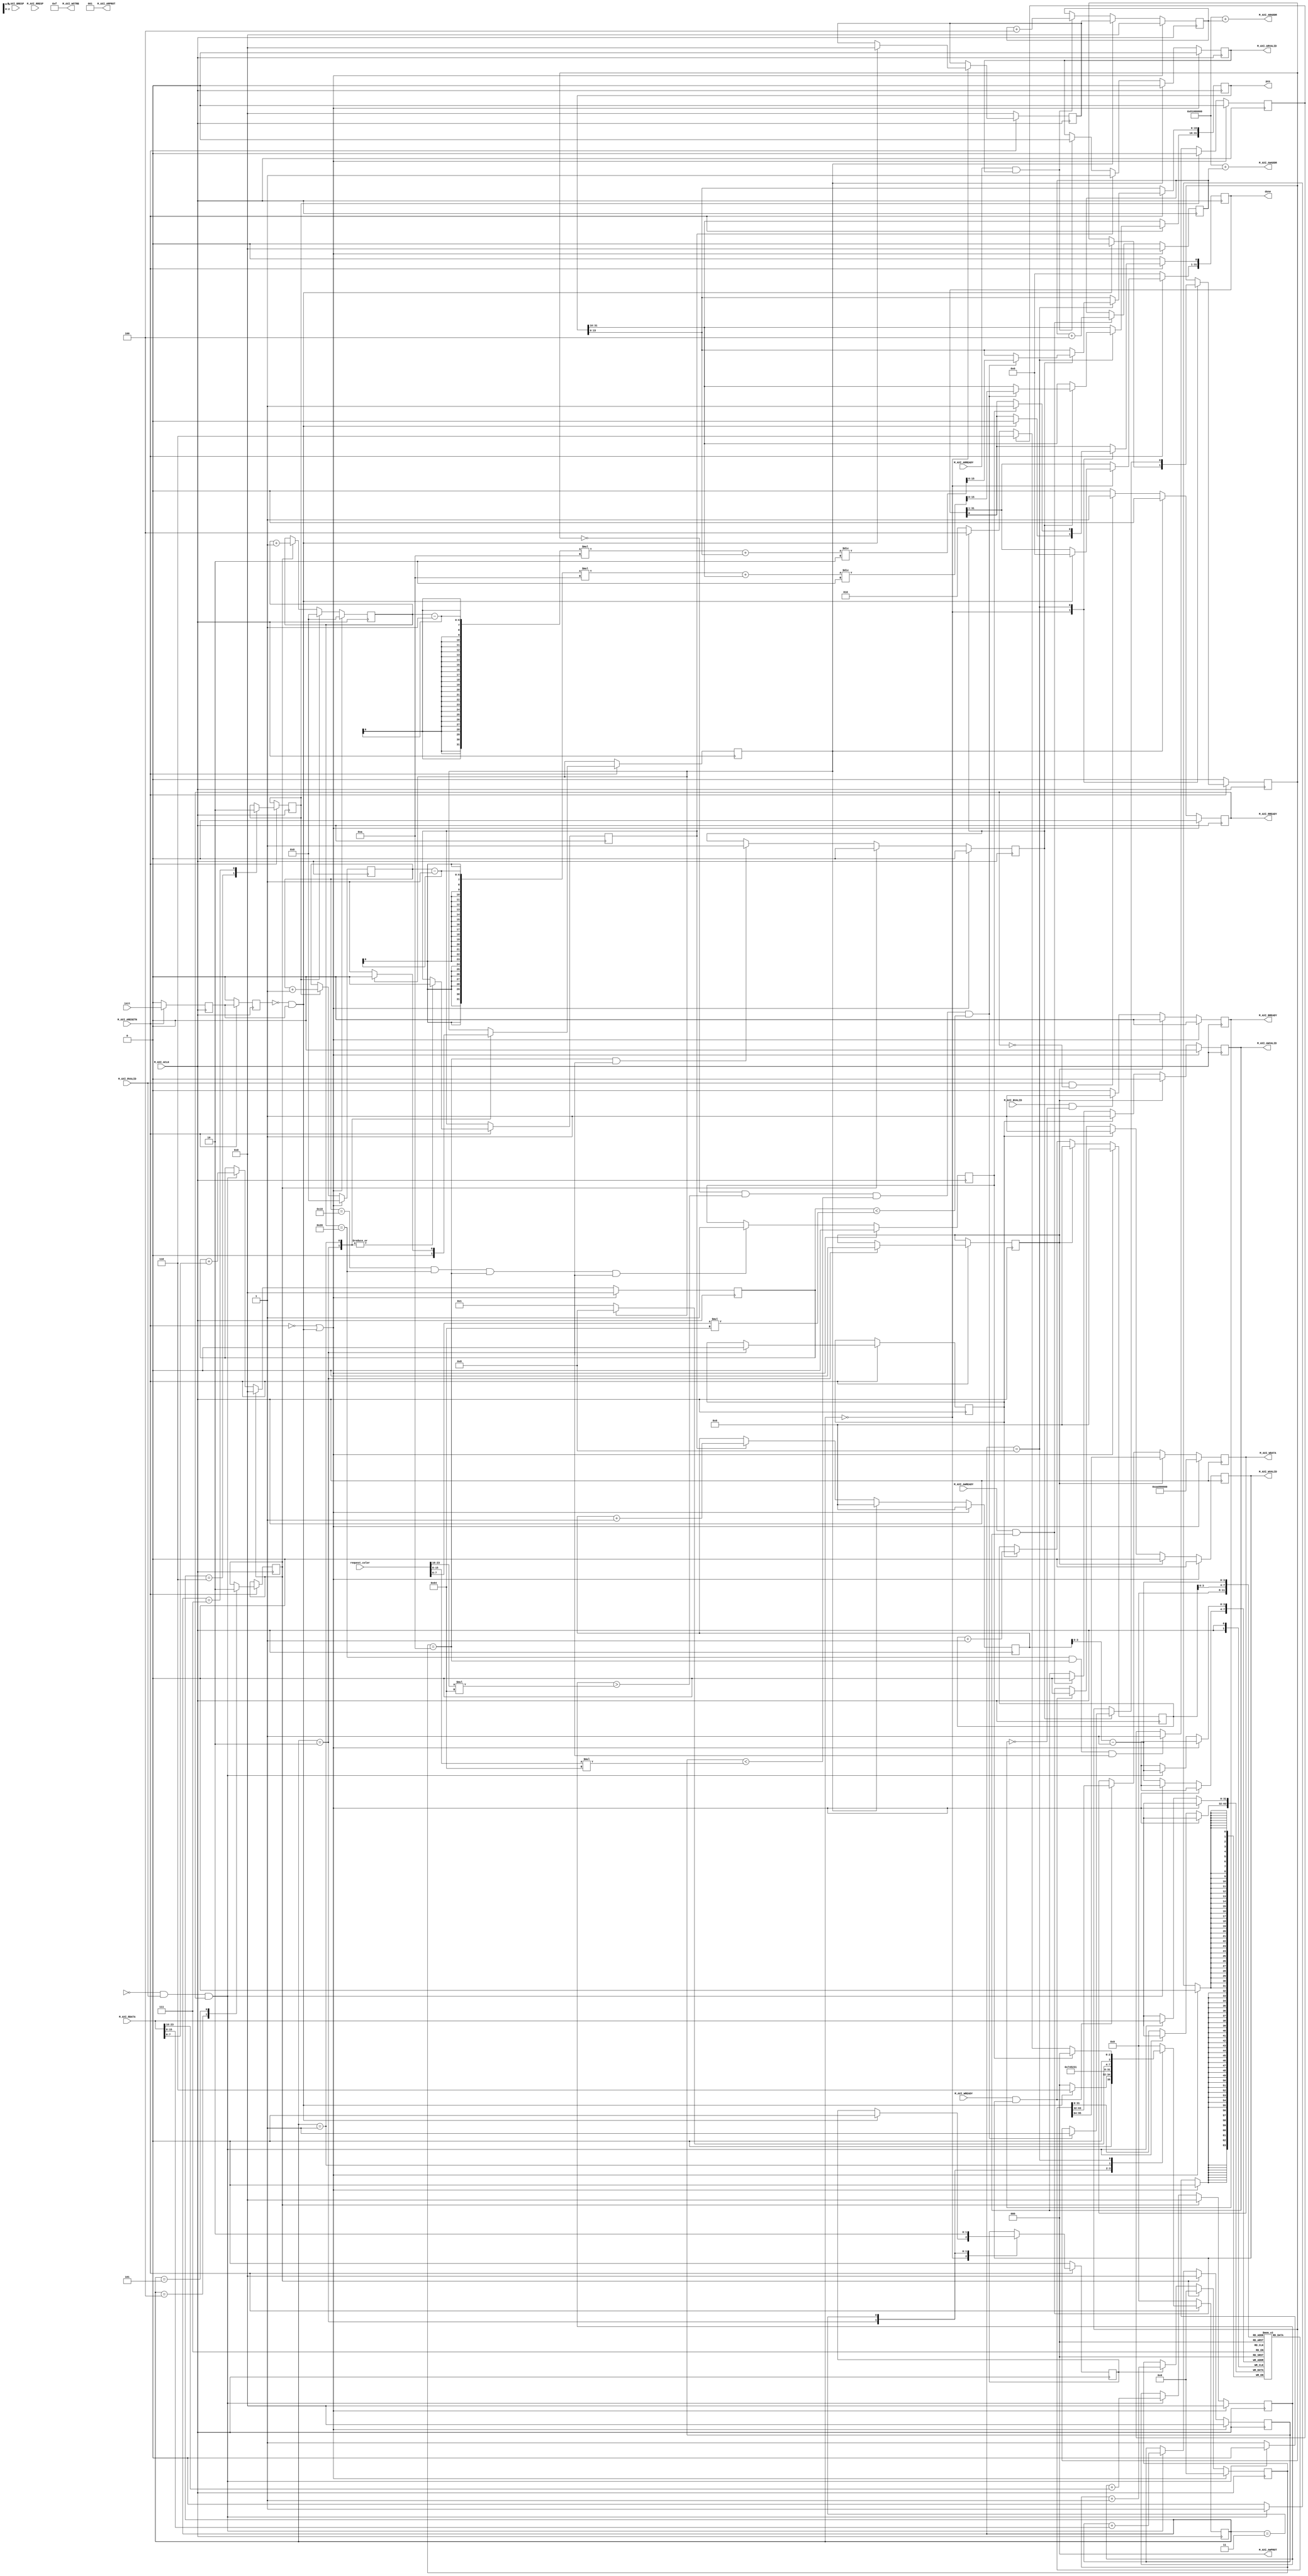

`timescale 1 ns / 1 ps

	module col_detection_v1_0_M00_AXI #
(
            // Users to add parameters here
    
            // User parameters ends
            // Do not modify the parameters beyond this line
    
            // The master will start generating data from the C_M_START_DATA_VALUE value
            parameter  C_M_START_DATA_VALUE    = 32'hAA000000,
            // The master requires a target slave base address.
            // The master will initiate read and write transactions on the slave with base address specified here as a parameter.
            parameter  C_M_TARGET_SLAVE_BASE_ADDR    = 32'h81000000,
            // Width of M_AXI address bus.
            // The master generates the read and write addresses of width specified as C_M_AXI_ADDR_WIDTH.
            parameter integer C_M_AXI_ADDR_WIDTH    = 32,
            // Width of M_AXI data bus.
            // The master issues write data and accept read data where the width of the data bus is C_M_AXI_DATA_WIDTH
            parameter integer C_M_AXI_DATA_WIDTH    = 32,
            // Transaction number is the number of write
            // and read transactions the master will perform as a part of this example memory test.
            parameter integer C_M_TRANSACTIONS_NUM    = 4
        )
        (
            input wire init,
            input wire [31:0] request_color,
            output wire [31:0] pos,
            output wire [31:0] done,
            
            input wire  M_AXI_ACLK,
            // AXI active low reset signal
            input wire  M_AXI_ARESETN,
            // Master Interface Write Address Channel ports. Write address (issued by master)
            output wire [C_M_AXI_ADDR_WIDTH-1 : 0] M_AXI_AWADDR,
            // Write channel Protection type.
            // This signal indicates the privilege and security level of the transaction,
            // and whether the transaction is a data access or an instruction access.
            output wire [2 : 0] M_AXI_AWPROT,
            // Write address valid.
            // This signal indicates that the master signaling valid write address and control information.
            output wire  M_AXI_AWVALID,
            // Write address ready.
            // This signal indicates that the slave is ready to accept an address and associated control signals.
            input wire  M_AXI_AWREADY,
            // Master Interface Write Data Channel ports. Write data (issued by master)
            output wire [C_M_AXI_DATA_WIDTH-1 : 0] M_AXI_WDATA,
            // Write strobes.
            // This signal indicates which byte lanes hold valid data.
            // There is one write strobe bit for each eight bits of the write data bus.
            output wire [C_M_AXI_DATA_WIDTH/8-1 : 0] M_AXI_WSTRB,
            // Write valid. This signal indicates that valid write data and strobes are available.
            output wire  M_AXI_WVALID,
            // Write ready. This signal indicates that the slave can accept the write data.
            input wire  M_AXI_WREADY,
            // Master Interface Write Response Channel ports.
            // This signal indicates the status of the write transaction.
            input wire [1 : 0] M_AXI_BRESP,
            // Write response valid.
            // This signal indicates that the channel is signaling a valid write response
            input wire  M_AXI_BVALID,
            // Response ready. This signal indicates that the master can accept a write response.
            output wire  M_AXI_BREADY,
            // Master Interface Read Address Channel ports. Read address (issued by master)
            output wire [C_M_AXI_ADDR_WIDTH-1 : 0] M_AXI_ARADDR,
            // Protection type.
            // This signal indicates the privilege and security level of the transaction,
            // and whether the transaction is a data access or an instruction access.
            output wire [2 : 0] M_AXI_ARPROT,
            // Read address valid.
            // This signal indicates that the channel is signaling valid read address and control information.
            output wire  M_AXI_ARVALID,
            // Read address ready.
            // This signal indicates that the slave is ready to accept an address and associated control signals.
            input wire  M_AXI_ARREADY,
            // Master Interface Read Data Channel ports. Read data (issued by slave)
            input wire [C_M_AXI_DATA_WIDTH-1 : 0] M_AXI_RDATA,
            // Read response. This signal indicates the status of the read transfer.
            input wire [1 : 0] M_AXI_RRESP,
            // Read valid. This signal indicates that the channel is signaling the requicolor read data.
            input wire  M_AXI_RVALID,
            // Read ready. This signal indicates that the master can accept the read data and response information.
            output wire  M_AXI_RREADY
        );
    
          // function called clogb2 that returns an integer which has the
          // value of the ceiling of the log base 2
          function integer clogb2 (input integer bit_depth);
              begin
                  for(clogb2=0; bit_depth>0; clogb2=clogb2+1)
                      bit_depth = bit_depth >> 1;
              end
          endfunction
    
          // TRANS_NUM_BITS is the width of the index counter for
          // number of write or read transaction.
          localparam integer vx_NUM_BITS = clogb2(320-1);
          localparam integer vy_NUM_BITS = clogb2(240-1);
          localparam integer bx_NUM_BITS = clogb2(32-1);
          localparam integer by_NUM_BITS = clogb2(24-1);
    
  
          parameter [3:0] IDLE = 4'b0000, // This state initiates AXI4Lite transaction
                // after the state machine changes state to INIT_WRITE
                // when there is 0 to 1 transition on INIT_AXI_TXN
            INIT_READ = 4'b0001, // This state initializes read transaction
 
            INIT_READ_HORIZONTAL = 4'b0010,
             
            R_HORIZONTAL = 4'b0011,  
              
            INIT_RB = 4'b0100,  
                
            RB = 4'b0101, 
               
            IRR = 4'b0110,  
               
            RR = 4'b0111,  
              
            INIT_COMPLETE = 4'b1000;
                
    
          reg [3:0] mst_exec_state;
          reg [vx_NUM_BITS : 0]    write_index;
          reg [vx_NUM_BITS : 0]    read_index;
          reg [vy_NUM_BITS : 0]    lCounter;
          reg [bx_NUM_BITS : 0]    bCounter;
          reg [by_NUM_BITS : 0]    rCounter;
          // AXI4LITE signals
          //write address valid
          reg      axi_awvalid;
          //write data valid
          reg      axi_wvalid;
          //read address valid
          reg      axi_arvalid;
          //read data acceptance
          reg      axi_rready;
          //write response acceptance
          reg   axi_bready;
          //write address
          reg [C_M_AXI_ADDR_WIDTH-1 : 0]     axi_awaddr;
          //write data
          reg [C_M_AXI_DATA_WIDTH-1 : 0]     axi_wdata;
          //read addresss
          reg [C_M_AXI_ADDR_WIDTH-1 : 0]     axi_araddr;
          //Asserts when there is a write response error
          wire      write_resp_error;
          //Asserts when there is a read response error
          wire      read_resp_error;
      
          reg      start_single_write;
          
          reg   start_single_read;
          
          reg   start_sl;
   
          reg   start_sb;
    
          reg   start_sr;
      
        
          reg   writes_done;      
          reg   reads_done;
          reg   error_reg;
      
   
          reg   compare_done;
          reg   block_done;
          reg   row_done;
          reg   frame_done;

          reg   init_txn_ff;
          reg   init_txn_ff2;
          reg   init_txn_edge;
          wire  init_txn_pulse;
          reg   init_write;
          reg   init_read;
    
    
         
          assign M_AXI_AWADDR    = C_M_TARGET_SLAVE_BASE_ADDR  + axi_awaddr;
          //AXI 4 write data
          assign M_AXI_WDATA    = axi_wdata;
          assign M_AXI_AWPROT    = 3'b000;
          assign M_AXI_AWVALID    = axi_awvalid;
          //Write Data(W)
          assign M_AXI_WVALID    = axi_wvalid;

          assign M_AXI_WSTRB    = 4'b1111;
          //Write Response (B)
          assign M_AXI_BREADY    = axi_bready;
          //Read Address (AR)
          assign M_AXI_ARADDR    = C_M_TARGET_SLAVE_BASE_ADDR  + axi_araddr;
          assign M_AXI_ARVALID    = axi_arvalid;
          assign M_AXI_ARPROT    = 3'b001;
          //Read and Read Response (R)
          assign M_AXI_RREADY    = axi_rready;
          //Example design I/O
          assign TXN_DONE    = compare_done;
          assign init_txn_pulse    = (!init_txn_ff2) && init_txn_ff;
          
               reg [31 : 0] curr_raddr; 
               reg [31 : 0] data[0 : 9]; 
               reg [31 : 0] reg_pos;
               reg [31 : 0] reg_done;

			   reg   found_color;

               reg [31 : 0] blk_rgb_r;
               reg [31 : 0] blk_rgb_g;
               reg [31 : 0] blk_rgb_b;
         
               wire [31 : 0] rgb_color_r;
               wire [31 : 0] rgb_color_g;
               wire [31 : 0] rgb_color_b;
         
               assign rgb_color_r = request_color[23 : 16] * 100;
               assign rgb_color_g = request_color[15 :  8] * 100;
               assign rgb_color_b = request_color[ 7 :  0] * 100;
          assign pos = reg_pos;
          assign done = reg_done;
    
          //Generate a pulse to initiate AXI transaction.
          always @ ( posedge M_AXI_ACLK )
            begin
              // Initiates AXI transaction delay
              if ( M_AXI_ARESETN == 0 )
                begin
                  init_txn_ff <= 1'b0;
                  init_txn_ff2 <= 1'b0;
                end
              else
                begin
                  init_txn_ff <= init;
                  init_txn_ff2 <= init_txn_ff;
                end
            end
    
    
          always @ ( posedge M_AXI_ACLK )
            begin
              //Only VALID signals must be deasserted during reset per AXI spec
              //Consider inverting then registering active-low reset for higher fmax
              if ( M_AXI_ARESETN == 0 || init_txn_pulse == 1'b1 )
                begin
                  axi_awvalid <= 1'b0;
                end
              else if ( init_write )
                begin
                  axi_awvalid <= 1'b0;
                end
              //Signal a new address/data command is available by user logic
              else
                begin
                  if ( start_single_write )
                    begin
                      axi_awvalid <= 1'b1;
                    end
                  //Address accepted by interconnect/slave (issue of M_AXI_AWREADY by slave)
                  else if ( M_AXI_AWREADY && axi_awvalid )
                    begin
                      axi_awvalid <= 1'b0;
                    end
                end
            end
    
    
          always @ ( posedge M_AXI_ACLK )
            begin
              if ( M_AXI_ARESETN == 0 || init_txn_pulse == 1'b1 )
                begin
                  write_index <= 0;
                end
              else if ( init_write )
                begin
                  write_index <= 0;
                end
              // Signals a new write address/ write data is
              // available by user logic
              else if ( start_single_write )
                begin
                  write_index <= write_index + 1;
                end
            end
    
    
          always @ ( posedge M_AXI_ACLK )
            begin
              if ( M_AXI_ARESETN == 0 || init_txn_pulse == 1'b1 )
                begin
                  axi_wvalid <= 1'b0;
                end
              else if ( init_write )
                begin
                  axi_wvalid <= 1'b0;
                end
              //Signal a new address/data command is available by user logic
              else if ( start_single_write )
                begin
                  axi_wvalid <= 1'b1;
                end
              //Data accepted by interconnect/slave (issue of M_AXI_WREADY by slave)
              else if ( M_AXI_WREADY && axi_wvalid )
                begin
                  axi_wvalid <= 1'b0;
                end
            end
    
    
          always @ ( posedge M_AXI_ACLK )
            begin
              if ( M_AXI_ARESETN == 0 || init_txn_pulse == 1'b1 )
                begin
                  axi_bready <= 1'b0;
                end
              else if ( init_write )
                begin
                  axi_bready <= 1'b0;
                end
              // accept/acknowledge bresp with axi_bready by the master
              // when M_AXI_BVALID is asserted by slave
              else if ( M_AXI_BVALID && ~axi_bready )
                begin
                  axi_bready <= 1'b1;
                end
              // deassert after one clock cycle
              else if ( axi_bready )
                begin
                  axi_bready <= 1'b0;
                end
              // retain the previous value
              else
                axi_bready <= axi_bready;
            end
    
          //Flag write errors
          assign write_resp_error = (axi_bready & M_AXI_BVALID & M_AXI_BRESP[1]);
    
    
        //----------------------------
        //Read Address Channel
        //----------------------------
    
          always @ ( posedge M_AXI_ACLK )
            begin
              if ( M_AXI_ARESETN == 0 || init_txn_pulse == 1'b1 )
                begin
                  rCounter <= 0;
                end
              // Signals a new read address is
              // available by user logic
              else if ( start_sr )
                begin
                  rCounter <= rCounter + 1;
                end
            end
    

          always @ ( posedge M_AXI_ACLK )
            begin
              if ( M_AXI_ARESETN == 0 || init_txn_pulse == 1'b1 )
                begin
                  bCounter <= 0;
                end
              else if ( start_sr )
                begin
                  bCounter <= 0;
                end
              // Signals a new read address is
              // available by user logic
              else if ( start_sb )
                begin
                  bCounter <= bCounter + 1;
                end
            end
    

          always @ ( posedge M_AXI_ACLK )
            begin
              if ( M_AXI_ARESETN == 0 || init_txn_pulse == 1'b1 )
                begin
                  lCounter <= 0;
                end
              else if ( start_sb )
                begin
                  lCounter <= 0;
                end
              // Signals a new read address is
              // available by user logic
              else if ( start_sl )
                begin
                  lCounter <= lCounter + 1;
                end
            end
    

          always @ ( posedge M_AXI_ACLK )
            begin
              if ( M_AXI_ARESETN == 0 || init_txn_pulse == 1'b1 )
                begin
                  read_index <= 0;
                end
              else if ( init_read )
                begin
                  read_index <= 0;
                end
              // Signals a new read address is
              // available by user logic
              else if ( start_single_read )
                begin
                  read_index <= read_index + 1;
                end
            end
    
    
          always @ ( posedge M_AXI_ACLK )
            begin
              if ( M_AXI_ARESETN == 0 || init_txn_pulse == 1'b1 )
                begin
                  axi_arvalid <= 1'b0;
                end
              else if ( init_read )
                begin
                  axi_arvalid <= 1'b0;
                end
              //Signal a new read address command is available by user logic
              else if ( start_single_read )
                begin
                  axi_arvalid <= 1'b1;
                end
              //RAddress accepted by interconnect/slave (issue of M_AXI_ARREADY by slave)
              else if ( M_AXI_ARREADY && axi_arvalid )
                begin
                  axi_arvalid <= 1'b0;
                end
              // retain the previous value
            end
    
       
          always @ ( posedge M_AXI_ACLK )
            begin
              if ( M_AXI_ARESETN == 0 || init_txn_pulse == 1'b1 )
                begin
                  axi_rready <= 1'b0;
                end
              else if ( init_read )
                begin
                  axi_rready <= 1'b0;
                end
              // accept/acknowledge rdata/rresp with axi_rready by the master
              // when M_AXI_RVALID is asserted by slave
              else if ( M_AXI_RVALID && ~axi_rready )
                begin
                  axi_rready <= 1'b1;
                end
              // deassert after one clock cycle
              else if ( axi_rready )
                begin
                  axi_rready <= 1'b0;
                end
              // retain the previous value
            end
    
          //Flag write errors
          assign read_resp_error = (axi_rready & M_AXI_RVALID & M_AXI_RRESP[1]);

    
          always @ ( posedge M_AXI_ACLK )
            begin
              if ( M_AXI_ARESETN == 0 || init_txn_pulse == 1'b1 )
                begin
                  axi_awaddr <= 0;
                end
 
              // Signals a new write address/ write data is
              // available by user logic
              else if ( M_AXI_AWREADY && axi_awvalid )
                begin
                  axi_awaddr <= axi_awaddr + 32'h00000004;
                end
            end
    
    
          always @ ( posedge M_AXI_ACLK )
            begin
              if ( M_AXI_ARESETN == 0 || init_txn_pulse == 1'b1 )
                begin
                  axi_wdata <= C_M_START_DATA_VALUE;
                end
              else if ( init_write )
                begin
                  axi_wdata <= data[0];
                end
       
              else if ( M_AXI_WREADY && axi_wvalid )
                begin
                  axi_wdata <= data[write_index];
                end
            end
    

          always @ ( posedge M_AXI_ACLK )
            begin
              if ( M_AXI_ARESETN == 0  || init_txn_pulse == 1'b1 )
                begin
                  axi_araddr <= 0;
                end
              else if ( init_read )
                begin
                  axi_araddr <= curr_raddr;
                end
  
              else if ( M_AXI_ARREADY && axi_arvalid )
                begin
                  axi_araddr <= axi_araddr + 32'h00000004;
                end
            end
    
          always @ ( posedge M_AXI_ACLK )
            begin
              if ( M_AXI_ARESETN == 1'b0 )
                begin
                  mst_exec_state <= IDLE;
    
                  start_sl <= 1'b0;
                  compare_done <= 1'b0;
    
                  curr_raddr <= 32'h00000000;
    
                  found_color <= 1'b0;
                  reg_done <= 0;
               end
              else
                begin
                  case ( mst_exec_state )
    
                    IDLE:
                     
                      if ( init_txn_pulse == 1'b1 )
                        begin
                          start_sl <= 1'b0;
                          compare_done <= 1'b0;
							 found_color <= 1'b0;
                          reg_done <= 0;
                          curr_raddr <= 32'h00000000;
    
                          mst_exec_state <= IRR;
                        end
                      else
                        begin
                          mst_exec_state  <= IDLE;
                        end
    
                    IRR:
                      begin
                        start_sr <= 1'b1;
                        mst_exec_state <= RR;
                      end
    
                    RR:
                      begin
                        start_sr <= 1'b0;
                        mst_exec_state <= INIT_RB;
                      end
    
                    INIT_RB:
                      begin
                        start_sb <= 1'b1;
                        mst_exec_state <= RB;
                      end
    
                    RB:
                      begin
                        start_sb <= 1'b0;
                        mst_exec_state <= INIT_READ_HORIZONTAL;
                      end
    
                    INIT_READ_HORIZONTAL:
                      begin
                     
                
                        start_sl <= 1'b1;
                        mst_exec_state <= R_HORIZONTAL;
    
                        start_single_write <= 1'b0;

                        start_single_read <= 1'b0;
 
                        init_write <= 1'b0;
                        init_read <= 1'b0;
                      end
                      
                    R_HORIZONTAL:
                      begin
                        start_sl <= 1'b0;
                        mst_exec_state <= INIT_READ;
                      end
    
                    INIT_READ:
                      begin
                        start_single_read <= 1'b0;

                        if ( init_read == 0 )
                          begin
                            init_read <= 1'b1;
                            mst_exec_state <= INIT_READ;
                          end
                        else
                          begin
                            init_read <= 1'b0;
                            mst_exec_state <= INIT_COMPLETE;
                          end
                      end
    
    
                    INIT_COMPLETE:
                      begin
                        if ( block_done )
                          begin

                            if ( !found_color && blk_rgb_r   > rgb_color_r && blk_rgb_g < rgb_color_g && blk_rgb_b  < rgb_color_b )
                              begin
                                found_color <= 1'b1;
                                reg_pos[31 : 16] <= ((rCounter - 1) * 10 + reg_pos[31 : 16])/2;
                                reg_pos[15 :  0] <= ((bCounter - 1) * 10 + reg_pos[15 :  0])/2 ;

                              end
                          end
    
                        if ( frame_done )
                          begin
                            reg_done[0 : 0] <= 1'b1;
                            mst_exec_state <= IDLE;
                          end
                        else if ( row_done )
                          begin
                            mst_exec_state <= IRR;
                          end
                        else if ( block_done )
                          begin
                            mst_exec_state <= INIT_RB;
                          end
                        else
                          begin
                            mst_exec_state <= INIT_READ_HORIZONTAL;
                          end
                      end
                    default :
                      begin
                        mst_exec_state <= IDLE;
                      end
                  endcase
                end
            end 
    
    
          always @ ( posedge M_AXI_ACLK )
            begin
              if ( M_AXI_ARESETN == 0 || init_txn_pulse == 1'b1 )
                begin
                  block_done <= 1'b0;
                end
              else if ( start_sb )
                begin
                  block_done <= 1'b0;
                end
             
              else if ( (lCounter == 10) && writes_done )
                begin
                  block_done <= 1'b1;
                end
              else
                begin
                  block_done <= block_done;
                end
            end
    
          always @ ( posedge M_AXI_ACLK )
            begin
              if ( M_AXI_ARESETN == 0 || init_txn_pulse == 1'b1 )
                begin
                  row_done <= 1'b0;
                end
              else if ( start_sr )
                begin
                  row_done <= 1'b0;
                end
             
              else if ( (bCounter == 32) &&
                        (lCounter  == 10) &&
                        writes_done )
                begin
                  row_done <= 1'b1;
                end
              else
                begin
                  row_done <= row_done;
                end
            end
    
          always @ ( posedge M_AXI_ACLK )
            begin
              if ( M_AXI_ARESETN == 0 || init_txn_pulse == 1'b1 )
                begin
                  frame_done <= 1'b0;
                end

              else if ( (rCounter   == 24) &&
                        (bCounter == 32) &&
                        (lCounter  == 10) &&
                        writes_done )
                begin
                  frame_done <= 1'b1;
                end
              else
                begin
                  frame_done <= frame_done;
                end
            end
    
          always @ ( posedge M_AXI_ACLK )
            begin
              if ( M_AXI_ARESETN == 0 || init_txn_pulse == 1'b1 )
                begin
                end
          
              else if ( !reads_done && M_AXI_RVALID && axi_rready )
                begin
                  data[ read_index - 1 ] <= M_AXI_RDATA;
                end
              else
                begin
         
                  data[ read_index - 1 ] <= data[ read_index - 1 ];
                end
            end
    
          always @ ( posedge M_AXI_ACLK )
            begin
              if ( M_AXI_ARESETN == 0 || init_txn_pulse == 1'b1 )
                begin
                  blk_rgb_r   <= 0;
                  blk_rgb_g <= 0;
                  blk_rgb_b  <= 0;
                end
              else if ( start_sb )
                begin
                  blk_rgb_r   <= 0;
                  blk_rgb_g <= 0;
                  blk_rgb_b  <= 0;
                end
             
              else if ( !reads_done && M_AXI_RVALID && axi_rready )
                begin
                  blk_rgb_r   <= blk_rgb_r   + M_AXI_RDATA[23 : 16];
                  blk_rgb_g <= blk_rgb_g + M_AXI_RDATA[15 :  8];
                  blk_rgb_b  <= blk_rgb_b  + M_AXI_RDATA[ 7 :  0];
                end
              else
                begin
                  blk_rgb_r   <= blk_rgb_r;
                  blk_rgb_g <= blk_rgb_g;
                  blk_rgb_b  <= blk_rgb_b;
                end
            end
    
   
   
          always @ ( posedge M_AXI_ACLK )
            begin
              if ( M_AXI_ARESETN == 0  || init_txn_pulse == 1'b1 )
                error_reg <= 1'b0;
    
              else if ( write_resp_error || read_resp_error )
                error_reg <= 1'b1;
              else
                error_reg <= error_reg;
            end
    
    
        endmodule